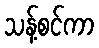
သန့်စင်ကာ